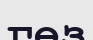
гөз